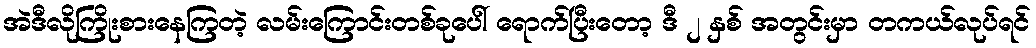
အဲဒီလိုကြိုးစားနေကြတဲ့ လမ်းကြောင်းတစ်ခုပေါ် ရောက်ပြီးတော့ ဒီ ၂ နှစ် အတွင်းမှာ တကယ်လုပ်ရင်